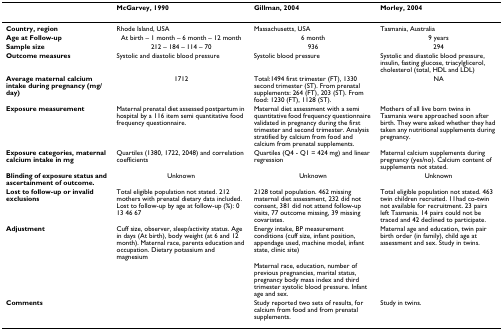
<table><thead><tr><td></td><td><b>McGarvey, 1990</b></td><td><b>Gillman, 2004</b></td><td><b>Morley, 2004</b></td></tr></thead><tbody><tr><td><b>Country, region</b></td><td>Rhode Island, USA</td><td>Massachusetts, USA</td><td>Tasmania, Australia</td></tr><tr><td><b>Age at Follow-up</b></td><td>At birth – 1 month – 6 month – 12 month</td><td>6 month</td><td>9 years</td></tr><tr><td><b>Sample size</b></td><td>212 – 184 – 114 – 70</td><td>936</td><td>294</td></tr><tr><td><b>Outcome measures</b></td><td>Systolic and diastolic blood pressure</td><td>Systolic blood pressure</td><td>Systolic and diastolic blood pressure, insulin, fasting glucose, triacylglicerol, cholesterol (total, HDL and LDL)</td></tr><tr><td><b>Average maternal calcium intake during pregnancy (mg/day)</b></td><td>1712</td><td>Total:1494 first trimester (FT), 1330 second trimester (ST). From prenatal supplements: 264 (FT), 203 (ST). From food: 1230 (FT), 1128 (ST).</td><td>NA</td></tr><tr><td><b>Exposure measurement</b></td><td>Maternal prenatal diet assessed postpartum in hospital by a 116 item semi quantitative food frequency questionnaire.</td><td>Maternal diet assessment with a semi quantitative food frequency questionnaire validated in pregnancy during the first trimester and second trimester. Analysis stratified by calcium from food and calcium from prenatal supplements.</td><td>Mothers of all live born twins in Tasmania were approached soon after birth. They were asked whether they had taken any nutritional supplements during pregnancy.</td></tr><tr><td><b>Exposure categories, maternal calcium intake in mg</b></td><td>Quartiles (1380, 1722, 2048) and correlation coefficients</td><td>Quartiles (Q4 - Q1 = 424 mg) and linear regression</td><td>Maternal calcium supplements during pregnancy (yes/no). Calcium content of supplements not stated.</td></tr><tr><td><b>Blinding of exposure status and ascertainment of outcome.</b></td><td>Unknown</td><td>Unknown</td><td>Unknown</td></tr><tr><td><b>Lost to follow-up or invalid exclusions</b></td><td>Total eligible population not stated. 212 mothers with prenatal dietary data included. Lost to follow-up by age at follow-up (%): 0 13 46 67</td><td>2128 total population. 462 missing maternal diet assessment, 232 did not consent, 381 did not attend follow-up visits, 77 outcome missing, 39 missing covariates.</td><td>Total eligible population not stated. 463 twin children recruited. 11had co-twin not available for recruitment. 23 pairs left Tasmania. 14 pairs could not be traced and 42 declined to participate.</td></tr><tr><td><b>Adjustment</b></td><td>Cuff size, observer, sleep/activity status. Age in days (At birth), body weight (at 6 and 12 month). Maternal race, parents education and occupation. Dietary potassium and magnesium</td><td>Energy intake, BP measurement conditions (cuff size, infant position, appendage used, machine model, infant state, clinic site)</td><td>Maternal age and education, twin pair birth order (in family), child age at assessment and sex. Study in twins.</td></tr><tr><td></td><td></td><td>Maternal race, education, number of previous pregnancies, marital status, pregnancy body mass index and third trimester systolic blood pressure. Infant age and sex.</td><td></td></tr><tr><td><b>Comments</b></td><td></td><td>Study reported two sets of results, for calcium from food and from prenatal supplements.</td><td>Study in twins.</td></tr></tbody></table>